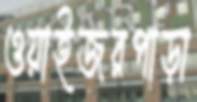
ওয়াইজরপাড়া